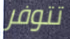
تتوفر